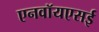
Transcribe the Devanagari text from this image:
एनवॉयएसई